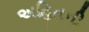
અહિતની